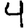
Digit: 4